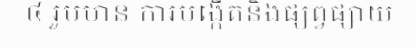
៤ រួមមាន ការបង្កើតនិងផ្សព្វផ្សាយ